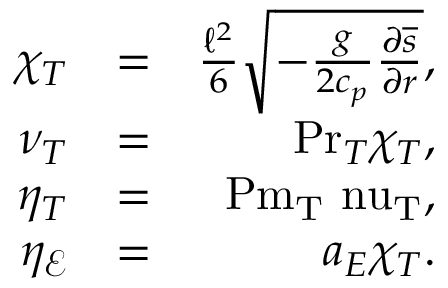
\begin{array} { r l r } { \chi _ { T } } & { = } & { \frac { \ell ^ { 2 } } { 6 } \sqrt { - \frac { g } { 2 c _ { p } } \frac { \partial \overline { { s } } } { \partial r } } , } \\ { \nu _ { T } } & { = } & { \mathrm { P r } _ { T } \chi _ { T } , } \\ { \eta _ { T } } & { = } & { \mathrm { P m _ { T } \ n u _ { T } } , } \\ { \eta _ { \mathcal { E } } } & { = } & { a _ { E } \chi _ { T } . } \end{array}